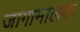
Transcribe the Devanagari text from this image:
जागामालक